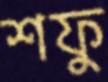
শফু